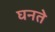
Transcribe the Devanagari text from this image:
घनते